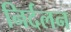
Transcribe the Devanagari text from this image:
निर्दलन